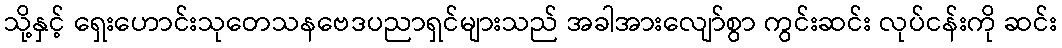
သို့နှင့် ရှေးဟောင်းသုတေသနဗေဒပညာရှင်များသည် အခါအားလျော်စွာ ကွင်းဆင်း လုပ်ငန်းကို ဆင်း